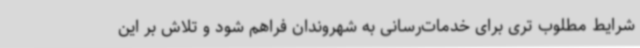
شرایط مطلوب تری برای خدمات‌رسانی به شهروندان فراهم شود و تلاش بر این